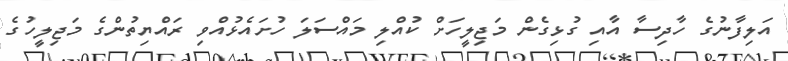
އަލިފާނުގެ ހާދިސާ އާއި ގުޅިގެން މަޖިލީހަށް ކުއްލި މައްސަލަ ހުށައެޅުއްވި ރައްޔިތުންގެ މަޖިލީހުގެ